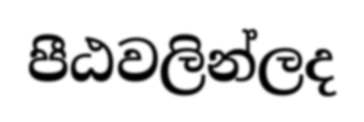
පීඨවලින්ලද